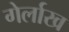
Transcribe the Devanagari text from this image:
गेर्लाख